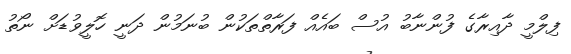
ފިލްމީ ދާއިރާގެ ފުންނާބު އުސް ބައެއް ފަރާތްތަކުން ބުނަމުން ދަނީ ހޮލީވުޑަށް ނޯތު